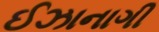
ઈઝાનાગી